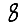
Digit: 8